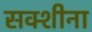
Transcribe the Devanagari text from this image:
सक्शीना